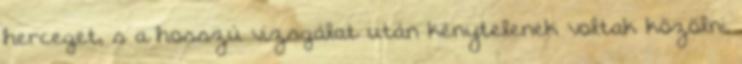
herceget, s a hosszú vizsgálat után kénytelenek voltak közölni